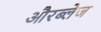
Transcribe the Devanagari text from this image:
औरब्लेज